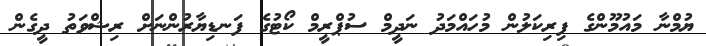
ޔުމްނާ މައުމޫންގެ ފިރިކަލުން މުހައްމަދު ނަދީމް ސުޕްރީމް ކޯޓުގެ ފަނޑިޔާރުންނަށް ރިޝްވަތު ދީގެން